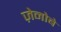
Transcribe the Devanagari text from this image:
ज़ेनोबे